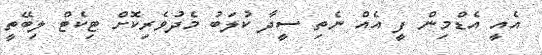
އެއީ އެޑްމިން ފީ އެއް ނެތި ސީދާ ކުލަބު މެދުވެރިކޮށް ޓިކެޓް ލިބޭތީ